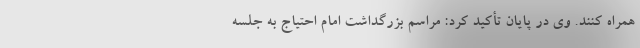
همراه کنند. وی در پایان تأکید کرد: مراسم بزرگداشت امام احتیاج به جلسه